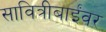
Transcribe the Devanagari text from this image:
सावित्रीबाईंवर